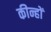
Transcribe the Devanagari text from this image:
कीन्हों